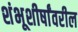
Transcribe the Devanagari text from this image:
शंभूशीर्षांवरील